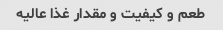
طعم و کیفیت و مقدار غذا عالیه